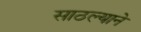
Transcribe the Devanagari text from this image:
साठल्याने